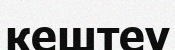
кештеу